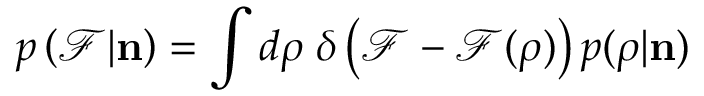
p \left( \mathcal { F } | { \bf n } \right) = \int d \boldsymbol { \rho } \; \delta \left( \mathcal { F } - \mathcal { F } ( \boldsymbol { \rho } ) \right) p ( \boldsymbol { \rho } | { \bf n } )